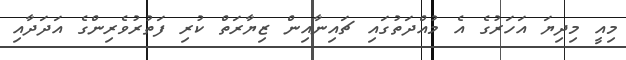
މިއީ މިދިޔަ އަހަރުގެ އެ މުއްދަތުގައި ޗައިނާއިން ޒިޔާރަތް ކުރި ފަތުރުވެރިންގެ އަދަދާއި